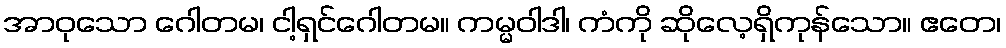
အာဝုသော ဂေါတမ၊ ငါ့ရှင်ဂေါတမ။ ကမ္မဝါဒါ၊ ကံကို ဆိုလေ့ရှိကုန်သော။ ဧတေ၊